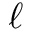
\ell